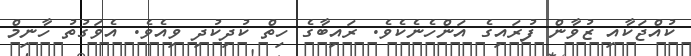
ކުއްޖަކާއި ޒުވާން ފުރައިގެ އަންހެނެކެވެ. ރައިބާގެ ހިތް ކުދިކުދި ވިއެވެ. އެވަގުތު ހާނިމް